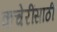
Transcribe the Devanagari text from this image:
कचेरींसाठी